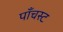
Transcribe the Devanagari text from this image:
पाँचस्ट